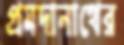
প্রমদানাথের